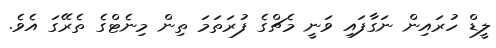
ލީޑް ހުރައިން ނަގާފައި ވަނީ މެޗްގެ ފުރަތަމަ ތިން މިނެޓްގެ ތެރޭގަ އެވެ.